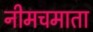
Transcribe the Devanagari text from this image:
नीमचमाता